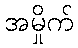
အမှိုက်